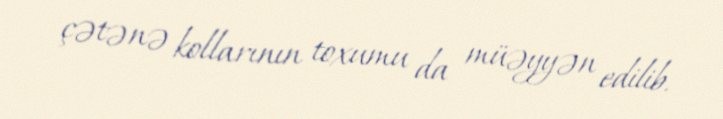
çətənə kollarının toxumu da müəyyən edilib.